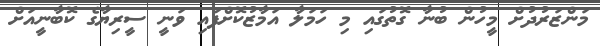
މަންޒަރުދުށް މީހުން ބުނާ ގޮތުގައި މި ހަމަލާ އަމާޒުކޮށްފައި ވަނީ ސީރިޔާގެ ކޮބާނީއަށް